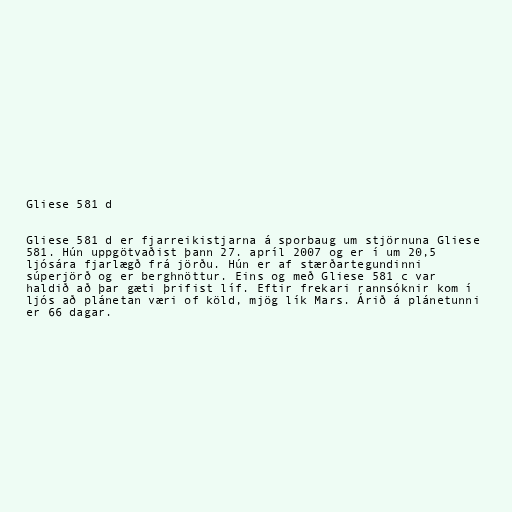
Gliese 581 d

Gliese 581 d er fjarreikistjarna á sporbaug um stjörnuna Gliese
581. Hún uppgötvaðist þann 27. apríl 2007 og er í um 20,5
ljósára fjarlægð frá jörðu. Hún er af stærðartegundinni
súperjörð og er berghnöttur. Eins og með Gliese 581 c var
haldið að þar gæti þrifist líf. Eftir frekari rannsóknir kom í
ljós að plánetan væri of köld, mjög lík Mars. Árið á plánetunni
er 66 dagar.